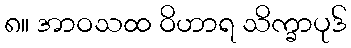
၈။ အာဝသထ ဝိဟာရ သိက္ခာပုဒ်